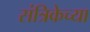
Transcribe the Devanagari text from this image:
संत्रिकेच्या